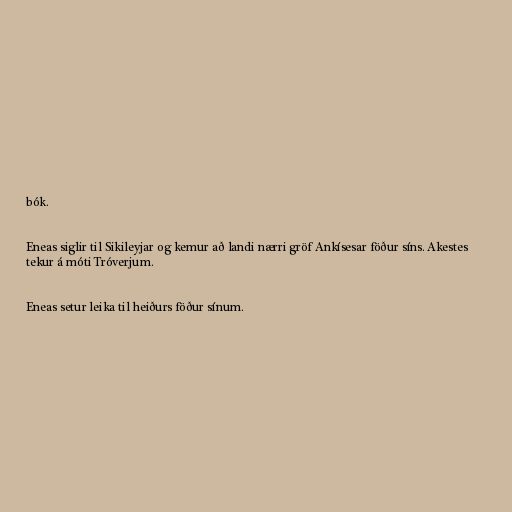
bók.

Eneas siglir til Sikileyjar og kemur að landi nærri gröf Ankísesar föður síns. Akestes
tekur á móti Tróverjum.

Eneas setur leika til heiðurs föður sínum.